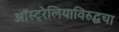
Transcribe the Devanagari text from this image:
ऑस्ट्रेलियाविरुद्धचा